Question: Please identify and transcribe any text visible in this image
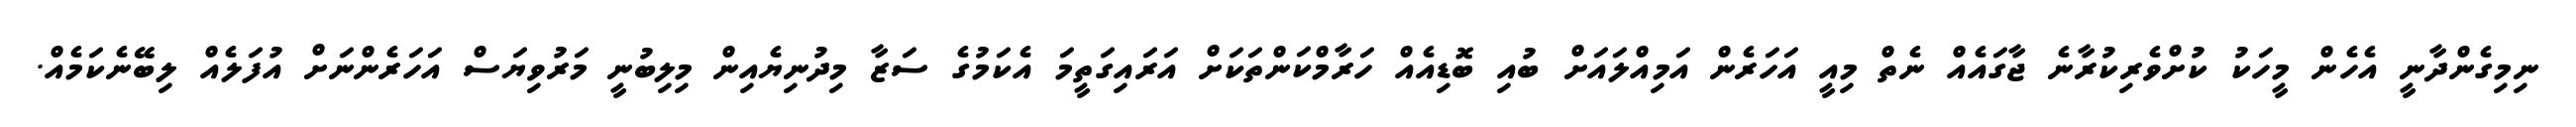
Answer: ނިމިގެންދާނީ އެހެން މީހަކު ކުށްވެރިކުރާނެ ޖާގައެއް ނެތް މިއީ އަހަރެން އަމިއްލައަށް ބުއި ބޮޑިއެއް ހަރާމްކަންތަކަށް އަރައިގަތީމަ އެކަމުގެ ސަޒާ މިދުނިޔެއިން މިލިބުނީ މަރުވިޔަސް އަހަރެންނަށް އުފަލެއް ލިބޭނެކަމެއް.